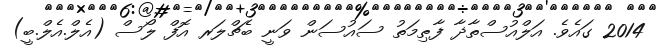
2014 ގައެވެ. އަލްއުސްތާޛާ ފާޠިމަތު ސައުސަން ވަނީ ބެޗްލަރ އޮފް ލޯސް (އެލް.އެލް.ބީ)